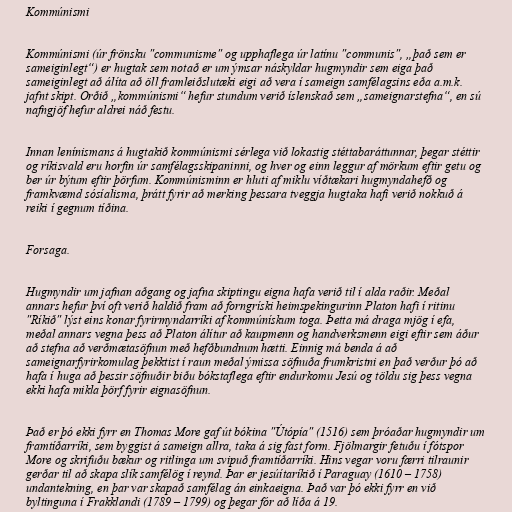
Kommúnismi

Kommúnismi (úr frönsku "communisme" og upphaflega úr latínu "communis", „það sem er
sameiginlegt“) er hugtak sem notað er um ýmsar náskyldar hugmyndir sem eiga það
sameiginlegt að álíta að öll framleiðslutæki eigi að vera í sameign samfélagsins eða a.m.k.
jafnt skipt. Orðið „kommúnismi“ hefur stundum verið íslenskað sem „sameignarstefna“, en sú
nafngjöf hefur aldrei náð festu.

Innan lenínismans á hugtakið kommúnismi sérlega við lokastig stéttabaráttunnar, þegar stéttir
og ríkisvald eru horfin úr samfélagsskipaninni, og hver og einn leggur af mörkum eftir getu og
ber úr býtum eftir þörfum. Kommúnisminn er hluti af miklu víðtækari hugmyndahefð og
framkvæmd sósíalisma, þrátt fyrir að merking þessara tveggja hugtaka hafi verið nokkuð á
reiki í gegnum tíðina.

Forsaga.

Hugmyndir um jafnan aðgang og jafna skiptingu eigna hafa verið til í alda raðir. Meðal
annars hefur því oft verið haldið fram að forngríski heimspekingurinn Platon hafi í ritinu
"Ríkið" lýst eins konar fyrirmyndarríki af kommúnískum toga. Þetta má draga mjög í efa,
meðal annars vegna þess að Platon álítur að kaupmenn og handverksmenn eigi eftir sem áður
að stefna að verðmætasöfnun með hefðbundnum hætti. Einnig má benda á að
sameignarfyrirkomulag þekktist í raun meðal ýmissa söfnuða frumkristni en það verður þó að
hafa í huga að þessir söfnuðir biðu bókstaflega eftir endurkomu Jesú og töldu sig þess vegna
ekki hafa mikla þörf fyrir eignasöfnun.

Það er þó ekki fyrr en Thomas More gaf út bókina "Útópía" (1516) sem þróaðar hugmyndir um
framtíðarríki, sem byggist á sameign allra, taka á sig fast form. Fjölmargir fetuðu í fótspor
More og skrifuðu bækur og ritlinga um svipuð framtíðarríki. Hins vegar voru færri tilraunir
gerðar til að skapa slík samfélög í reynd. Þar er jesúítaríkið í Paraguay (1610 – 1758)
undantekning, en þar var skapað samfélag án einkaeigna. Það var þó ekki fyrr en við
byltinguna í Frakklandi (1789 – 1799) og þegar fór að líða á 19.